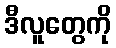
ဒီလူတွေကို